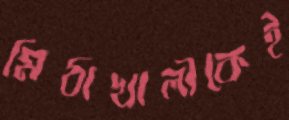
মিঠাখালীকেই